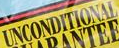
UNCONDITIONAL